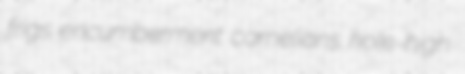
frigs encumberment carnelians hole-high